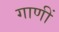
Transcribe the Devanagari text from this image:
गाणीं